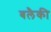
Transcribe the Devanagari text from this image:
बलैकी